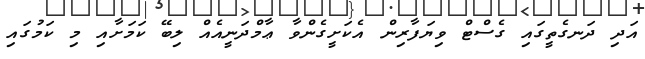
އަދި ދަނގެތީގައި ގެސްޓް ވިޔަފާރިން އެކަށީގެންވާ ޢާމްދަނީއެއް ލިބޭ ކަމަށާއި މި ކަމުގައި